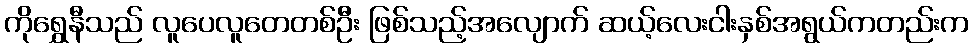
ကိုရွှေနီသည် လူပေလူတေတစ်ဦး ဖြစ်သည့်အလျောက် ဆယ့်လေးငါးနှစ်အရွယ်ကတည်းက